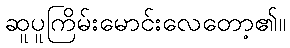
ဆူပူကြိမ်းမောင်းလေတော့၏။